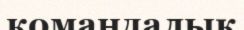
командалық